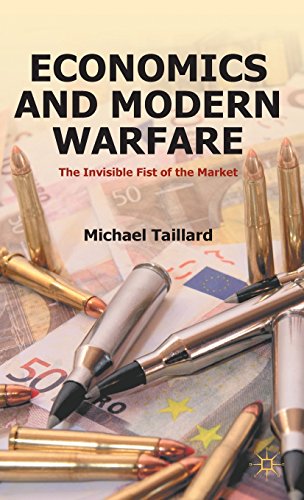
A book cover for Economics and Modern Warfare: The Invisible Fist of the Market; Michael Taillard; Business & Money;